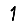
Digit: 1